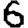
Digit: 6